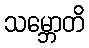
သမ္ဘောတိ